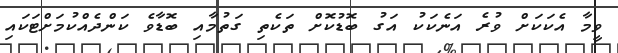
ވީމާ އެކަކަށް ވުރެ އަނެކަކު އަގު ބޮޑުކޮށް ތަކެތި ގަތުމާއި ބޮޑާވެ ކަންދެއްކުމަށްޓަކައި